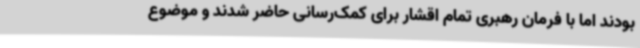
بودند اما با فرمان رهبری تمام اقشار برای کمک‌رسانی حاضر شدند و موضوع